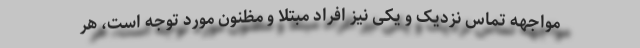
مواجهه تماس نزدیک و یکی نیز افراد مبتلا و مظنون مورد توجه است، هر